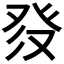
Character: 𱱶